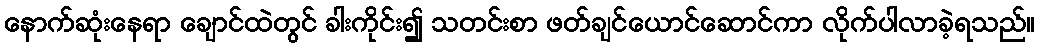
နောက်ဆုံးနေရာ ချောင်ထဲတွင် ခါးကိုင်း၍ သတင်းစာ ဖတ်ချင်ယောင်ဆောင်ကာ လိုက်ပါလာခဲ့ရသည်။